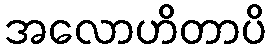
အလောဟိတာပိ